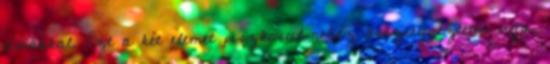
témákkal. Ezt a két elemet piszkosul nehéz összeegyeztetni úgy,